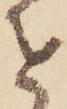
を